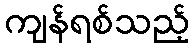
ကျန်ရစ်သည့်